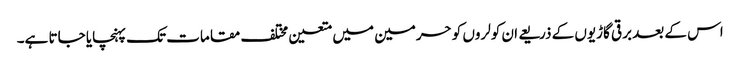
اس کے بعد برقی گاڑیوں کے ذریعے ان کولروں کو حرمین میں متعین مختلف مقامات تک پہنچایا جاتا ہے۔